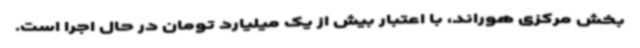
بخش مرکزی هوراند، با اعتبار بیش از یک میلیارد تومان در حال اجرا است.